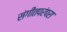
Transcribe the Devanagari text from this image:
संगीतपरंपरा